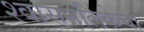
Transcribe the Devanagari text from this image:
श्वासनलिकेचा